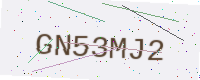
Text: GN53MJ2